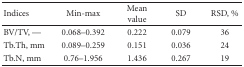
| Indices | Min-max | Mean value | SD | RSD, % |
 | --- | --- | --- | --- | --- |
 | BV/TV, — | 0.068–0.392 | 0.222 | 0.079 | 36 |
 | Tb.Th, mm | 0.089–0.259 | 0.151 | 0.036 | 24 |
 | Tb.N, mm | 0.76–1.956 | 1.436 | 0.267 | 19 |